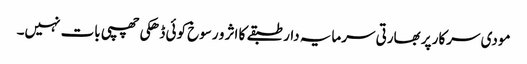
مودی سرکار پر بھارتی سرمایہ دار طبقے کا اثر و رسوخ کوئی ڈھکی چھپی بات نہیں۔